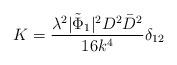
LaTeX: \begin{align*}K=\frac{\lambda^2|\tilde{\Phi}_1|^2 D^2\bar{D}^2}{16k^4}\delta_{12}\end{align*}